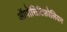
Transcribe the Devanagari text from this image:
ऑपोसिटिफ़ोलियम